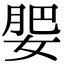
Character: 𡝞